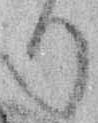
り